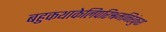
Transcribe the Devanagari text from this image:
बहुकथाकेलिपरिश्रमनिरंकुश